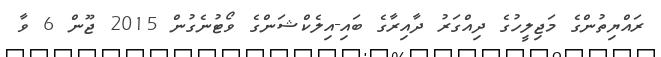
ރައްޔިތުންގެ މަޖިލީހުގެ ދިއްގަރު ދާއިރާގެ ބައި-އިލެކްޝަންގެ ވޯޓުނެގުން 2015 ޖޫން 6 ވާ